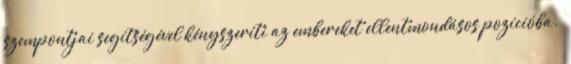
szempontjai segítségével kényszeríti az embereket ellentmondásos pozícióba.